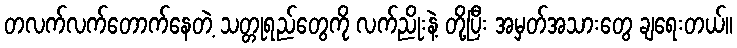
တလက်လက်တောက်နေတဲ့ သတ္တုရည်တွေကို လက်ညိုးနဲ့ တို့ပြီး အမှတ်အသားတွေ ချရေးတယ်။